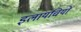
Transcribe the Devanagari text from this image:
इलायचियों